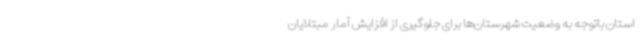
استان باتوجه به وضعیت شهرستان‌ها برای جلوگیری از افزایش آمار مبتلایان